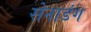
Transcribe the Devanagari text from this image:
सेनाडंग